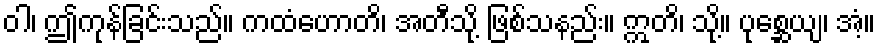
ဝါ၊ ဤကုန်ခြင်းသည်။ ကထံဟောတိ၊ အတီသို့ ဖြစ်သနည်း။ ဣတိ၊ သို့။ ပုစ္ဆေယျ၊ အံ့။